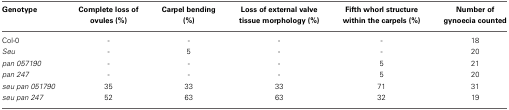
| Genotype | Complete loss of ovules (%) | Carpel bending (%) | Loss of external valve tissue morphology (%) | Fifth whorl structure within the carpels (%) | Number of gynoecia counted |
 | --- | --- | --- | --- | --- | --- |
 | Col-0 | - | - | - | - | 18 |
 | Seu | - | 5 | - | - | 20 |
 | pan 057190 | - | - | - | 5 | 21 |
 | pan 247 | - | - | - | 5 | 20 |
 | seu pan 051790 | 35 | 33 | 33 | 71 | 31 |
 | seu pan 247 | 52 | 63 | 63 | 32 | 19 |